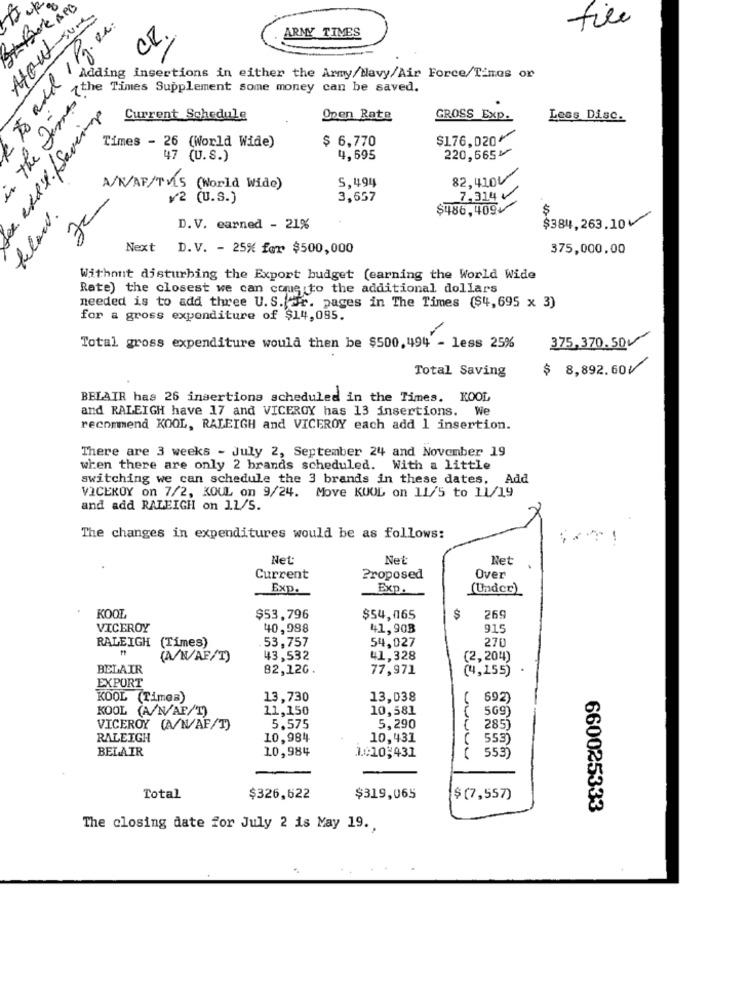
To add 1 Pg. es.
Howtouns
file
CR.
ARMY TIMES
in the Times ?"
Adding insertions in either the Army/Navy/Air Force/Tinas or
Igor supplement can be Be
Current Schedule
Open Rate
GROSS Exp.
Less Disc.
Times - 26 (World Wide)
$ 6,770
$176,020⑈
47 (U.S.)
4,695
220,665৳
5, 494
82,4100
A/V/AP/TV5 (World Wide)
¥2 (U.S.)
3,657
7,314
below.
$486,409/
$
$384, 263.10
D.V. earned - 21%
Next D.V. - 25% for $500,000
375,000.00
Without disturbing the Export budget (earning the World Wide
Rate) the closest we can come to the additional dollars
needed is to add three U.S. fr. pages in The Times ($4,695 x 3)
for a gross expenditure of $14,085.
375,370.50
Total gross expenditure would then be $500,494 - less 25%
Total Saving
$ 8,892.600
BELAIR has 26 insertions scheduled in the Times. KOOL
and RALEIGH have 17 and VICEROY has 13 insertions. We
recommend KOOL, RALEIGH and VICEROY each add 1 insertion.
There are 3 weeks - July 2, September 24 and November 19
when there are only 2 brands scheduled. With a little
switching we can schedule the 3 brands in these dates, Add
VICEROY on 7/2, KOUL on 9/24. Move KUOL on 11/5 to 11/19
and add RALEIGH on 11/5.
The changes in expenditures would be as follows:
Net:
Net:
Net
Current
Proposed
Over
Exp.
Exp.
(Under)
KOOL
$53,796
$54,065
$
269
VICEROY
40,998
41,903
915
(Times)
53,757
54,027
270
RALEIGH
(A/N/AF/T)
43,532
41,328
(2,204)
BELAIR
82,120.
77,971
(4,155)
EXPORT
KOOL (Times)
13,730
13,038
( 692)
KOOL (A/N/AP/T)
11,150
10,581
( 569)
VICEROY (A/N/AF/T)
5,575
5,290
2851
RALEIGH
10,984
10,431
553
BELAIR
10,984
( 553)
1:10,431
Total
$326,622
$319,065
$ (7,557)
660025333
The closing date for July 2 is May 19 ..